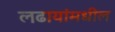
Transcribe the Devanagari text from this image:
लढायांमधील